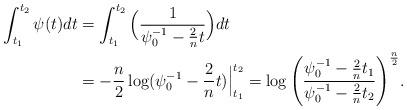
LaTeX: \begin{align*}\int_{t_1}^{t_2} \psi(t) dt &= \int_{t_1}^{t_2} \Big( \frac{1}{\psi^{-1}_0 - \frac{2}{n}t} \Big) dt \\\displaystyle & = - \frac{n}{2} \log ( \psi^{-1}_0 - \frac{2}{n}t) \Big|_{t_1}^{t_2} = \log \Bigg( \frac{ \psi^{-1}_0 - \frac{2}{n}t_1}{ \psi^{-1}_0 - \frac{2}{n}t_2} \Bigg)^{\frac{n}{2}}.\end{align*}